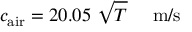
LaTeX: c _ { \mathrm { a i r } } = 2 0 . 0 5 ~ { \sqrt { T } } ~ ~ ~ ~ \mathrm { m / s }